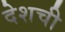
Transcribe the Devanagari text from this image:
देशची